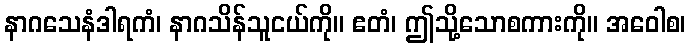
နာဂသေနံဒါရကံ၊ နာဂသိန်သူငယ်ကို။ ဧတံ၊ ဤသို့သောစကားကို။ အဝေါစ၊